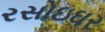
રસોઇઘર